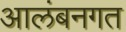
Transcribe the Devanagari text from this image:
आलंबनगत